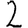
Digit: 2